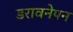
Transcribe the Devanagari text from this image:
डरावनेपन